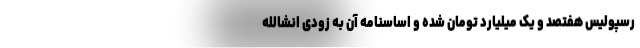
رسپولیس هفتصد و یک میلیارد تومان شده و اساسنامه آن به زودی انشالله